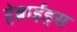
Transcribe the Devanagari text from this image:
हेब्राईड्स